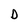
Character: D